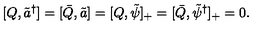
[ Q , \tilde { a } ^ { \dagger } ] = [ \bar { Q } , \tilde { a } ] = [ Q , \tilde { \psi } ] _ { + } = [ \bar { Q } , \tilde { \psi } ^ { \dagger } ] _ { + } = 0 .